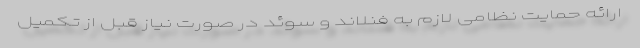
ارائه حمایت نظامی لازم به فنلاند و سوئد در صورت نیاز قبل از تکمیل